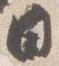
日